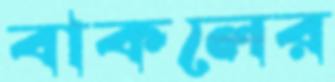
বাকলের